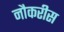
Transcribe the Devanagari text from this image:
नौकरीस